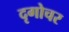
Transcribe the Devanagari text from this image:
दृगोचर